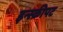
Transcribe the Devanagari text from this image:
इन्स्क्रीपट